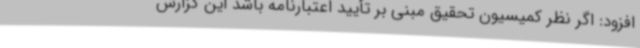
افزود: اگر نظر کمیسیون تحقیق مبنی بر تأیید اعتبارنامه باشد این گزارش